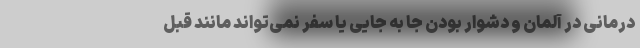
درمانی در آلمان و دشوار بودن جا به جایی یا سفر نمی‌تواند مانند قبل